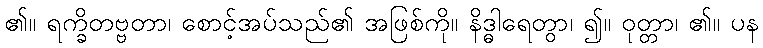
၏။ ရက္ခိတဗ္ဗတာ၊ စောင့်အပ်သည်၏ အဖြစ်ကို။ နိဒ္ဓါရေတွာ၊ ၍။ ဝုတ္တာ၊ ၏။ ပန